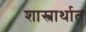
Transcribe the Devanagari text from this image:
शास्त्रार्थात